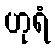
ဟုရံ